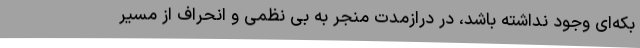
بکه‌ای وجود نداشته باشد، در درازمدت منجر به بی نظمی و انحراف از مسیر